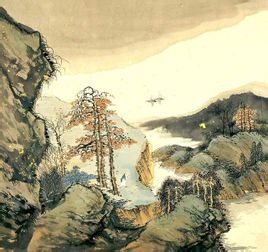
当时相候赤栏桥，今日独寻黄叶路。